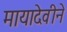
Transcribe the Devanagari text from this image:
मायादेवीने